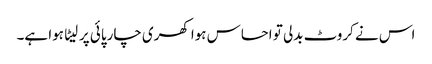
اس نے کروٹ بدلی تو احساس ہوا کھری چارپائی پر لیٹا ہوا ہے۔